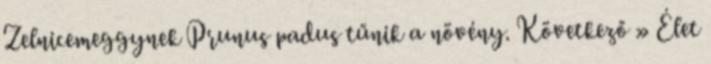
Zelnicemeggynek Prunus padus tűnik a növény. Következő » Élet